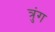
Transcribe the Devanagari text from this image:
त्रुंग